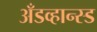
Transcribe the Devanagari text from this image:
अँडव्हान्स्ड